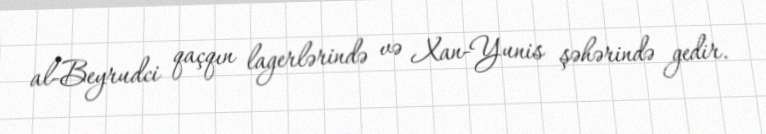
al-Beyrudci qaçqın lagerlərində və Xan-Yunis şəhərində gedir.